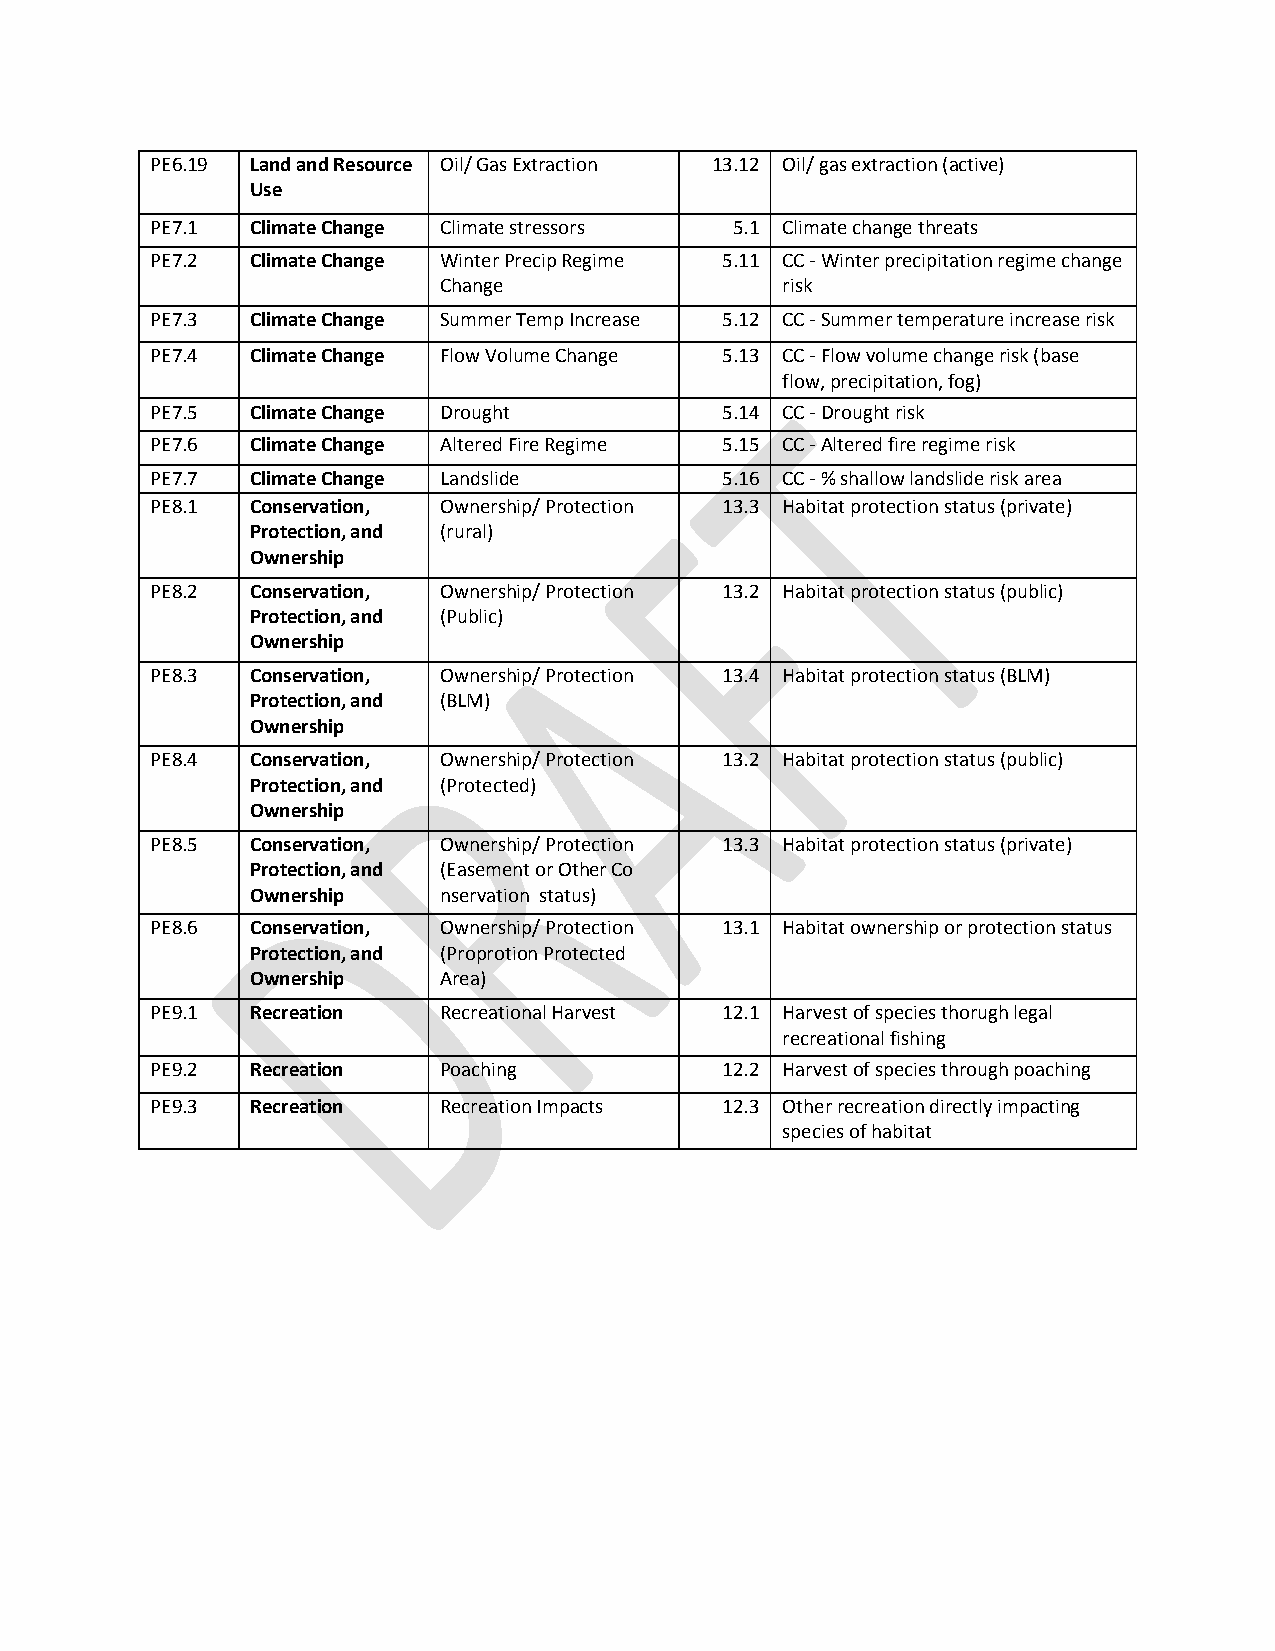
PE6.19 Land and Resource Oil/ Gas Extraction 13.12 Oil/ gas extraction (active)
 Use
 PE7.1  Climate Change Climate stressors 5.1 Climate change threats
 PE7.2  Climate Change Winter Precip Regime 5.11 CC - Winter precipitation regime change
 Change                 risk
 PE7.3  Climate Change Summer Temp Increase 5.12 CC - Summer temperature increase risk
 PE7.4  Climate Change Flow Volume Change 5.13 CC - Flow volume change risk (base
 flow, precipitation, fog)
 PE7.5  Climate Change Drought         5.14 CC - Drought risk
 PE7.6  Climate Change Altered Fire Regime 5.15 CC - Altered fire regime risk
 PE7.7  Climate Change Landslide       5.16 CC - % shallow landslide risk area
 PE8.1  Conservation, Ownership/ Protection 13.3 Habitat protection status (private)
 Protection, and (rural)
 Ownership
 PE8.2  Conservation, Ownership/ Protection 13.2 Habitat protection status (public)
 Protection, and (Public)
 Ownership
 PE8.3  Conservation, Ownership/ Protection 13.4 Habitat protection status (BLM)
 Protection, and (BLM)
 Ownership
 PE8.4  Conservation, Ownership/ Protection 13.2 Habitat protection status (public)
 Protection, and (Protected)
 Ownership
 PE8.5  Conservation, Ownership/ Protection 13.3 Habitat protection status (private)
 Protection, and (Easement or Other Co
 Ownership   nservation status)
 PE8.6  Conservation, Ownership/ Protection 13.1 Habitat ownership or protection status
 Protection, and (Proprotion Protected
 Ownership   Area)
 PE9.1  Recreation  Recreational Harvest 12.1 Harvest of species thorugh legal
 recreational fishing
 PE9.2  Recreation  Poaching           12.2 Harvest of species through poaching
 PE9.3  Recreation  Recreation Impacts 12.3 Other recreation directly impacting
 species of habitat